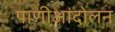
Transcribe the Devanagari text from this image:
पाणीआंदोलन